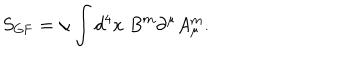
LaTeX: S _ { \mathrm { G F } } = \alpha \int d ^ { 4 } x \; B ^ { m } \partial ^ { \mu } A _ { \mu } ^ { m } .